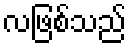
လဖြစ်သည်